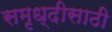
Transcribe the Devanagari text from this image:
समृध्दीसाठी